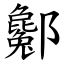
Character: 酁